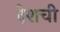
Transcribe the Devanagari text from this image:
देशची